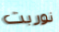
نوربت